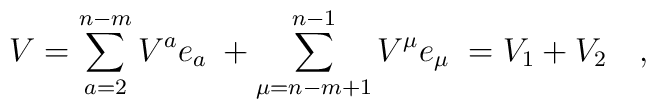
V=\sum_{a=2}^{n-m}V^ae_a\;+\sum_{\mu =n-m+1}^{n-1}V^\mu e_\mu\;=V_1+V_2\quad ,